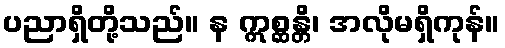
ပညာရှိတို့သည်။ န ဣစ္ဆန္တိ၊ အလိုမရှိကုန်။